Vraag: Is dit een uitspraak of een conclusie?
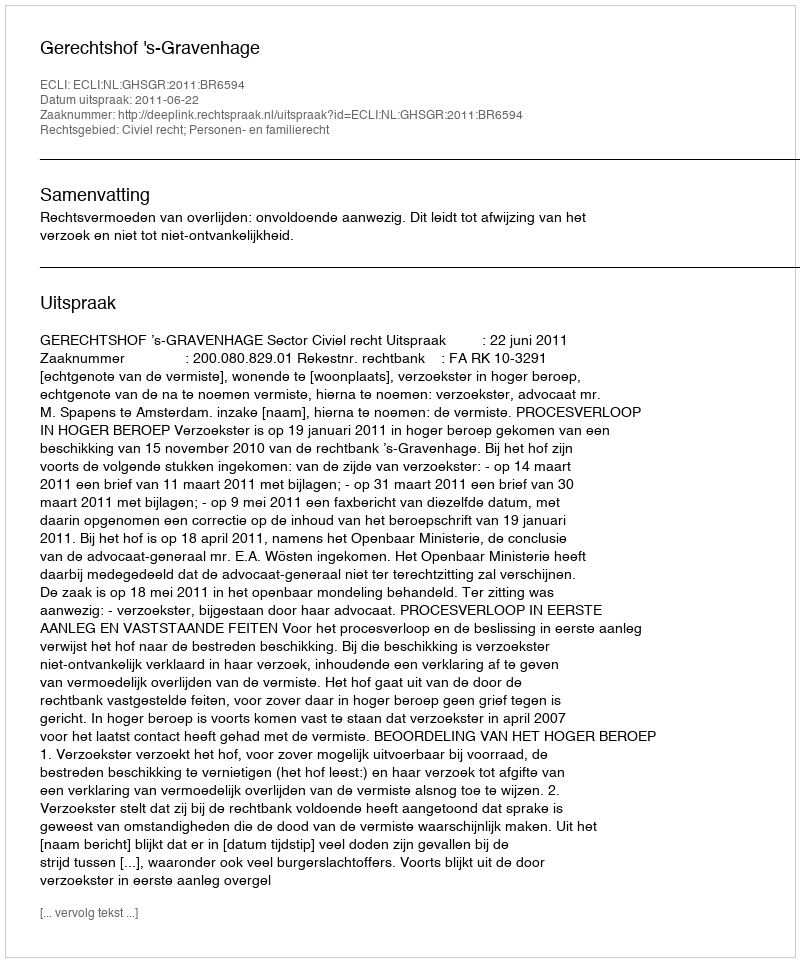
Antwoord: Uitspraak